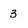
Character: 3